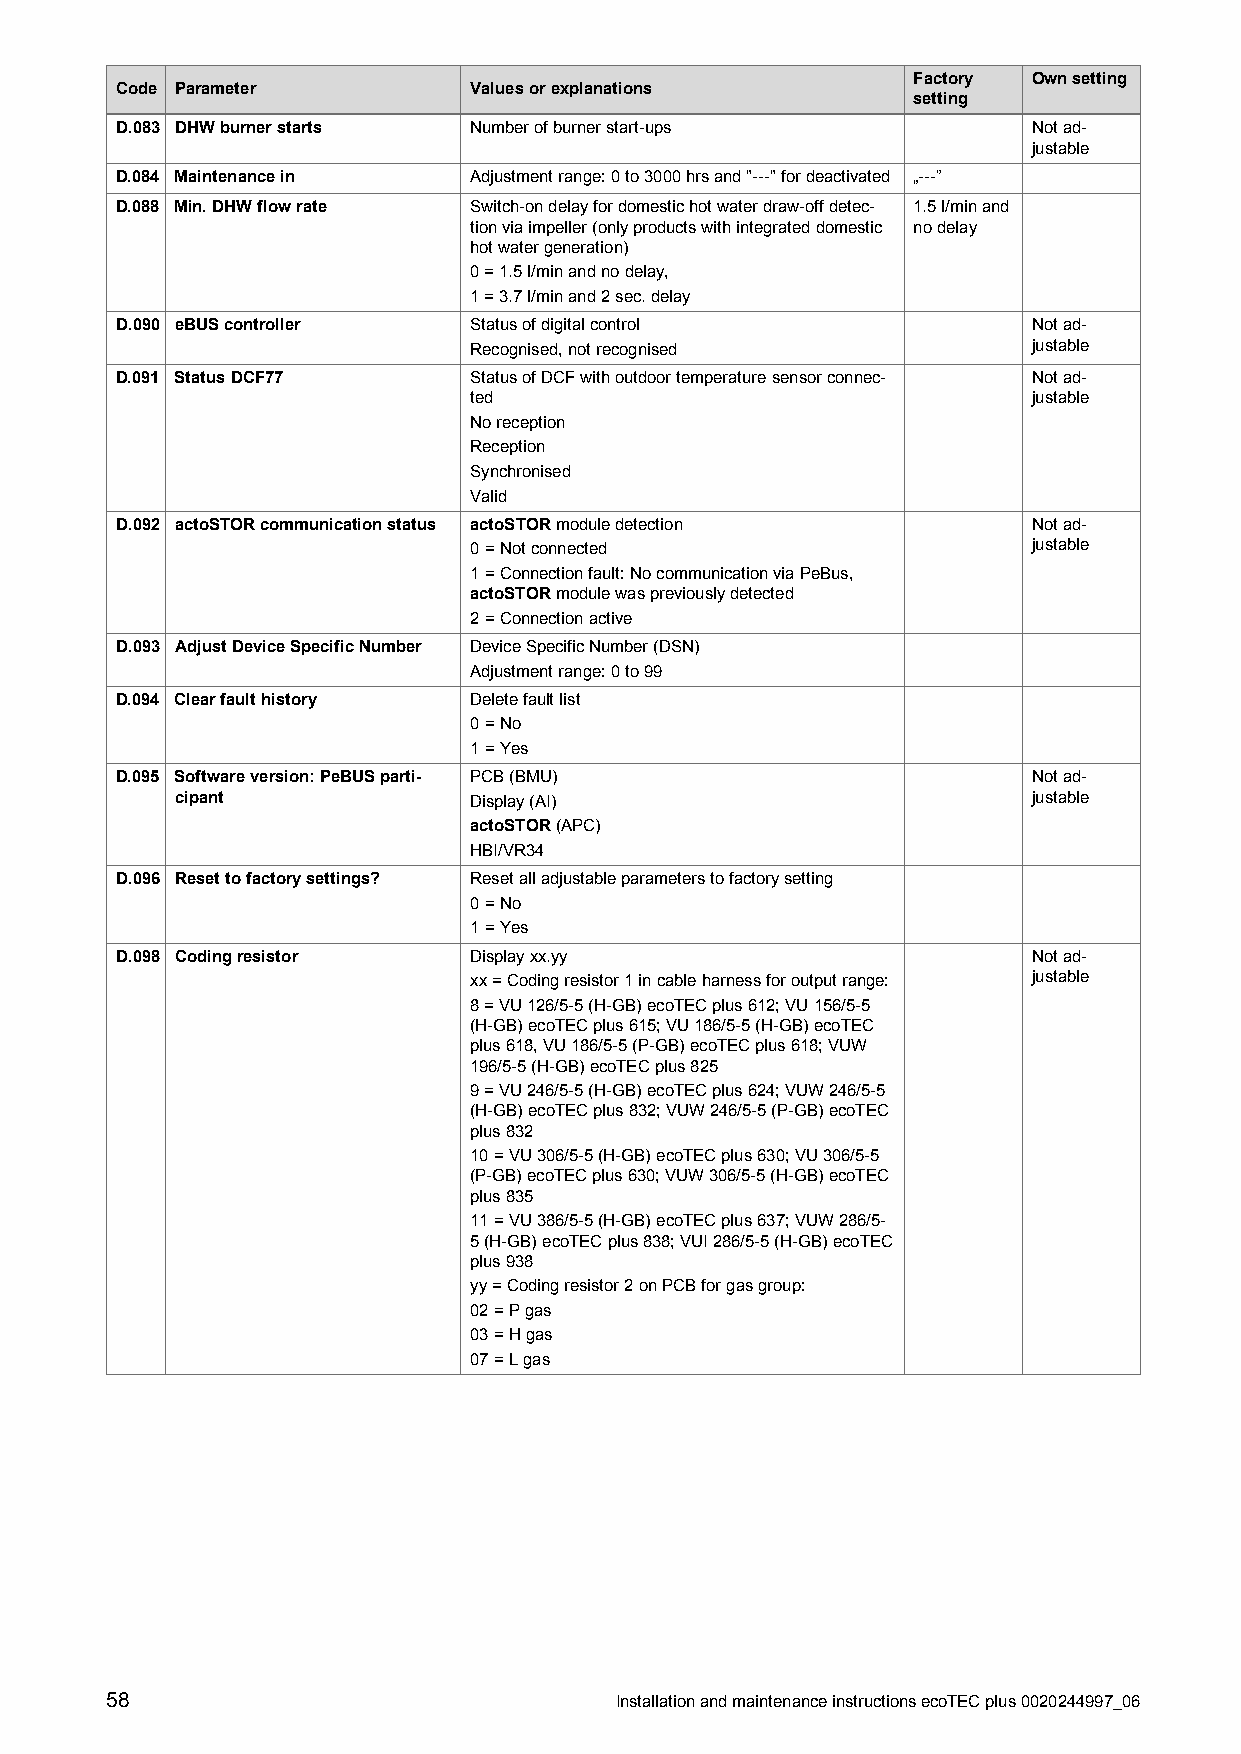
Factory Ownsetting
 Code Parameter         Valuesorexplanations
 setting
 D.083 DHWburnerstarts  Numberofburnerstart-ups              Notad-
 justable
 D.084 Maintenancein    Adjustmentrange:0to3000hrsand"---"fordeactivated „---”
 D.088 Min.DHWflowrate  Switch-ondelayfordomestichotwaterdraw-offdetec- 1.5l/minand
 tionviaimpeller(onlyproductswithintegrateddomestic nodelay
 hotwatergeneration)
 0=1.5l/minandnodelay,
 1=3.7l/minand2sec.delay
 D.090 eBUScontroller   Statusofdigitalcontrol               Notad-
 Recognised,notrecognised             justable
 D.091 StatusDCF77      StatusofDCFwithoutdoortemperaturesensorconnec- Notad-
 ted                                  justable
 Noreception
 Reception
 Synchronised
 Valid
 D.092 actoSTORcommunicationstatus actoSTORmoduledetection   Notad-
 0=Notconnected                       justable
 1=Connectionfault:NocommunicationviaPeBus,
 actoSTORmodulewaspreviouslydetected
 2=Connectionactive
 D.093 AdjustDeviceSpecificNumber DeviceSpecificNumber(DSN)
 Adjustmentrange:0to99
 D.094 Clearfaulthistory Deletefaultlist
 0=No
 1=Yes
 D.095 Softwareversion:PeBUSparti- PCB(BMU)                  Notad-
 cipant             Display(AI)                          justable
 actoSTOR(APC)
 HBI/VR34
 D.096 Resettofactorysettings? Resetalladjustableparameterstofactorysetting
 0=No
 1=Yes
 D.098 Codingresistor   Displayxx.yy                         Notad-
 xx=Codingresistor1incableharnessforoutputrange: justable
 8=VU126/5-5(H-GB)ecoTECplus612;VU156/5-5
 (H-GB)ecoTECplus615;VU186/5-5(H-GB)ecoTEC
 plus618,VU186/5-5(P-GB)ecoTECplus618;VUW
 196/5-5(H-GB)ecoTECplus825
 9=VU246/5-5(H-GB)ecoTECplus624;VUW246/5-5
 (H-GB)ecoTECplus832;VUW246/5-5(P-GB)ecoTEC
 plus832
 10=VU306/5-5(H-GB)ecoTECplus630;VU306/5-5
 (P-GB)ecoTECplus630;VUW306/5-5(H-GB)ecoTEC
 plus835
 11=VU386/5-5(H-GB)ecoTECplus637;VUW286/5-
 5(H-GB)ecoTECplus838;VUI286/5-5(H-GB)ecoTEC
 plus938
 yy=Codingresistor2onPCBforgasgroup:
 02=Pgas
 03=Hgas
 07=Lgas
 58                                InstallationandmaintenanceinstructionsecoTECplus0020244997_06